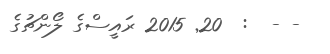
- -  :  20